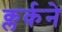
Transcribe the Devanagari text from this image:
क्लर्कने